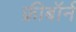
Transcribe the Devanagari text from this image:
फ्रीबॉर्न